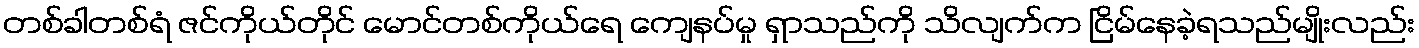
တစ်ခါတစ်ရံ ဇင်ကိုယ်တိုင် မောင်တစ်ကိုယ်ရေ ကျေနပ်မှု ရှာသည်ကို သိလျက်က ငြိမ်နေခဲ့ရသည်မျိုးလည်း